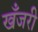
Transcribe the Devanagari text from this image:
खँजरी